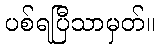
ပစ်ရပြီသာမှတ်။